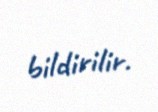
bildirilir.